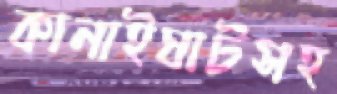
কানাইঘাটসহ